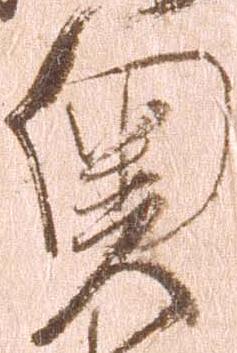
奥